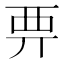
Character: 𧟦